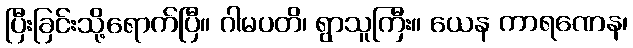
ပြီးခြင်းသို့ရောက်ပြီ။ ဂါမပတိ၊ ရွာသူကြီး။ ယေန ကာရဏေန၊